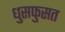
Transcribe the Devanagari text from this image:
धुसफुसत